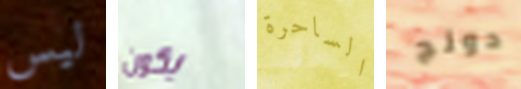
ليس يكون الساحرة دونج